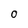
Character: 0